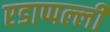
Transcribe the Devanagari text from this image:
एडाप्पल्ली